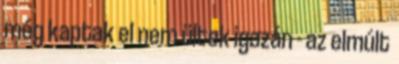
még kaptak el nem ültek igazán - az elmúlt